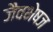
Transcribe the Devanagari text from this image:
जैवभेषज